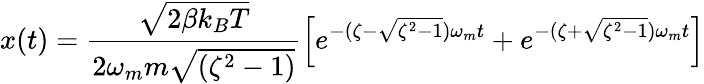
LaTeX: x(t)=\frac{\sqrt{2\beta k_{B}T}}{2\omega_{m}m\sqrt{(\zeta^{2}-1)}}\Big[e^{-(\zeta-\sqrt{\zeta^{2}-1})\omega_{m}t}+e^{-(\zeta+\sqrt{\zeta^{2}-1})\omega_{m}t}\Big]